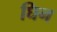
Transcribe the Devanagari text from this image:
घिन